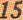
15